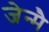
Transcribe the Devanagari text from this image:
जेन्मै